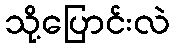
သို့ပြောင်းလဲ